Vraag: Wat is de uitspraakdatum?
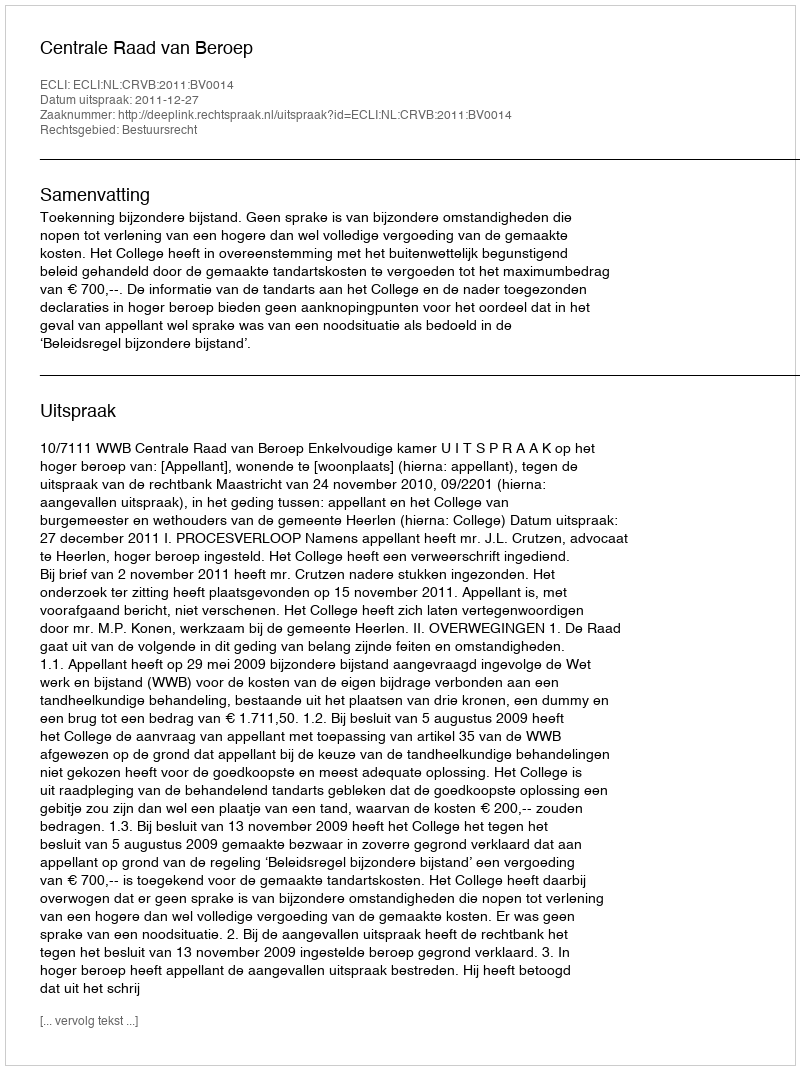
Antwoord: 2011-12-27